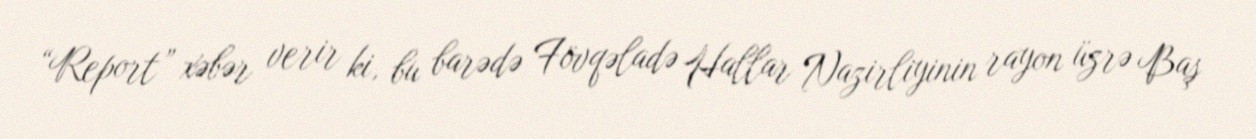
“Report” xəbər verir ki, bu barədə Fövqəladə Hallar Nazirliyinin rayon üzrə Baş